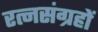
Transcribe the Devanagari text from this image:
रत्नसंग्रहों